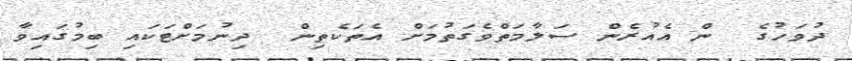
ދުވަހުގެ  ން އެއުރެން ސަލާމަތްވެގަތުމަށް އެތަކެތިން  ދިނުމަށްޓަކައި ބިމުގައިވާ